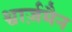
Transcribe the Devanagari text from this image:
श्वार्ज़मैन